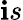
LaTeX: \mathbf{i}s